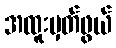
အထူးမှတ်ဖွယ်